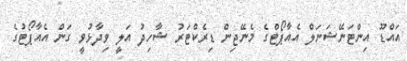
އައްޑޫ އިންޓަނޭޝަނަލް އެއާޕޯޓްގެ މެނޭޖިން ޑިރެކްޓަރު ޝާހިދު އަލީ ވިދާޅުވީ ގަން އެއާޕޯޓުގެ